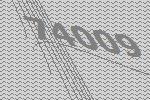
74009